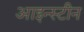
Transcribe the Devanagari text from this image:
आइन्‍स्‍टीन